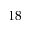
1 8